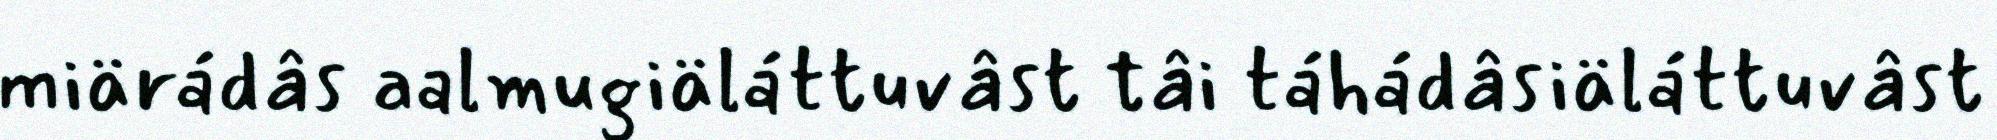
miärádâs aalmugiäláttuvâst tâi táhádâsiäláttuvâst